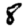
Digit: 8